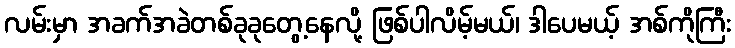
လမ်းမှာ အခက်အခဲတစ်ခုခုတွေ့နေလို့ ဖြစ်ပါလိမ့်မယ်၊ ဒါပေမယ့် အစ်ကိုကြီး